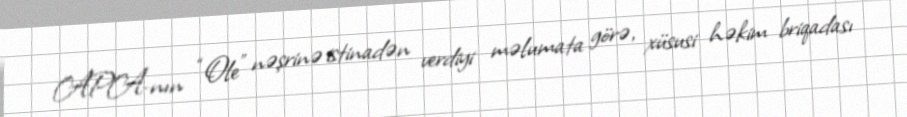
APA-nın “Ole” nəşrinə istinadən verdiyi məlumata görə, xüsusi həkim briqadası